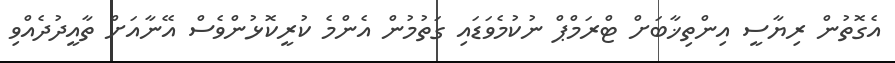
އެގޮތުން ރިޔާސީ އިންތިޚާބަށް ޓްރަމްޕް ނުކުމެވަޑައި ގަތުމުން އެންމެ ކުރީކޮޅުންވެސް އޭނާއަށް ތާއީދުދެއްވި